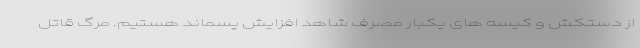
از دستکش و کیسه های یکبار مصرف شاهد افزایش پسماند هستیم. مرگ قاتل